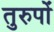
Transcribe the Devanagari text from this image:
तुरुपों